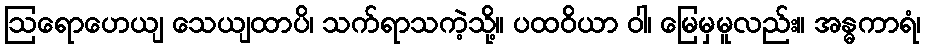
ဩရောဟေယျ သေယျထာပိ၊ သက်ရာသကဲ့သို့။ ပထဝိယာ ဝါ၊ မြေမှမူလည်း။ အန္ဓကာရံ၊